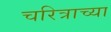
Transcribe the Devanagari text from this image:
चरित्राच्या